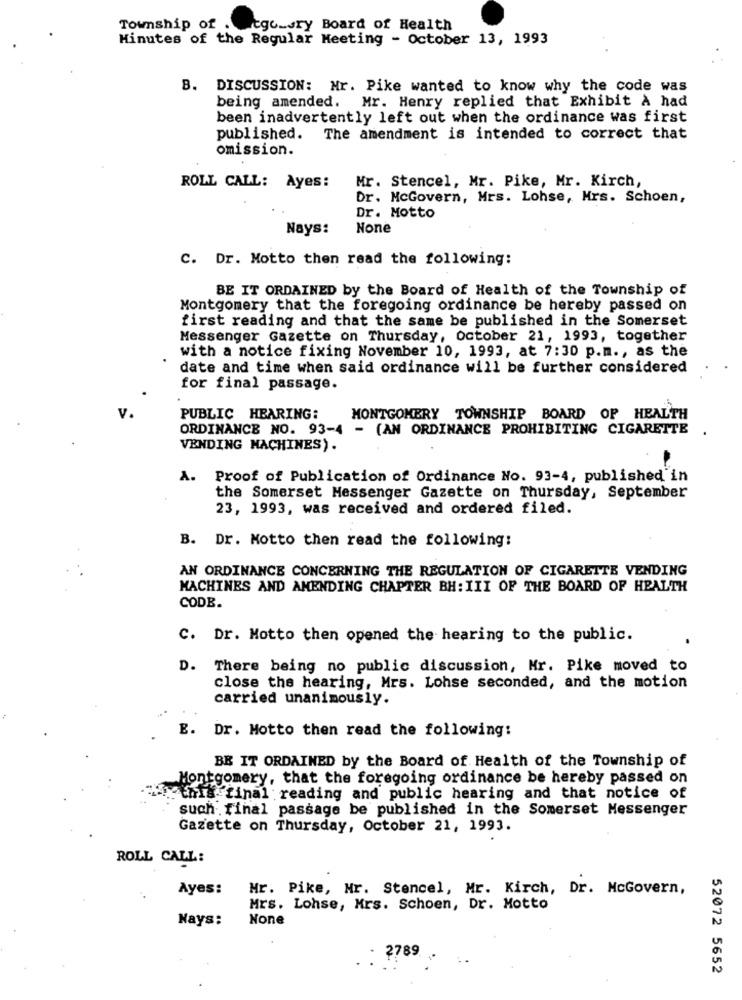
Township of .
cgc_ury Board of Health
Minutes of the Regular Meeting - October 13, 1993
B. DISCUSSION: Mr. Pike wanted to know why the code was
being amended. Mr. Henry replied that Exhibit À had
been inadvertently left out when the ordinance was first
published. The amendment is intended to correct that
omission.
Mr. Stencel, Mr. Pike, Mr. Kirch,
ROLL CALL: Ayes:
Dr. McGovern, Mrs. Lohse, Mrs. Schoen,
Dr. Motto
Nays:
C. Dr. Motto then read the following:
BE IT ORDAINED by the Board of Health of the Township of
Montgomery that the foregoing ordinance be hereby passed on
first reading and that the same be published in the Somerset
Messenger Gazette on Thursday, october 21, 1993, together
with a notice fixing November 10, 1993, at 7:30 p.m ., as the
date and time when said ordinance will be further considered
for final passage.
PUBLIC HEARING:
MONTGOMERY TOWNSHIP BOARD OF HEALTH
ORDINANCE NO. 93-4 - (AN ORDINANCE PROHIBITING CIGARETTE
VENDING MACHINES).
A. Proof of Publication of Ordinance No. 93-4, published in
the Somerset Messenger Gazette on Thursday, September
23, 1993, was received and ordered filed.
B. Dr. Motto then read the following:
AN ORDINANCE CONCERNING THE REGULATION OF CIGARETTE VENDING
MACHINES AND AMENDING CHAPTER BH: III OF THE BOARD OF HEALTH
CODE.
C. Dr. Motto then opened the hearing to the public.
D. There being no public discussion, Mr. Pike moved to
close the hearing, Mrs. Lohse seconded, and the motion
carried unanimously.
E. Dr. Motto then read the following:
BE IT ORDAINED by the Board of Health of the Township of
Montgomery, that the foregoing ordinance be hereby passed on
.this final reading and public hearing and that notice of
such final passage be published in the Somerset Messenger
Gazette on Thursday, October 21, 1993.
ROLL CALL:
Ayes:
Mr. Pike, Mr. Stencel, Mr. Kirch, Dr. McGovern,
Mrs. Lohse, Mrs. Schoen, Dr. Motto
Nays:
2789
52072 5652